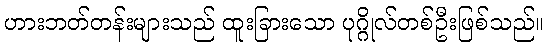
ဟားဘတ်တန်းများသည် ထူးခြားသော ပုဂ္ဂိုလ်တစ်ဦးဖြစ်သည်။